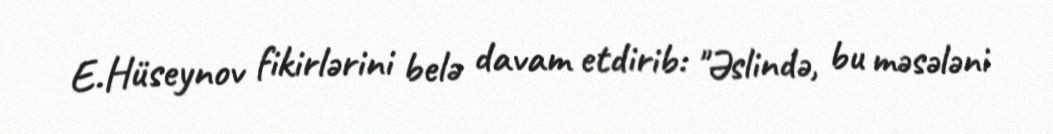
E.Hüseynov fikirlərini belə davam etdirib: "Əslində, bu məsələni